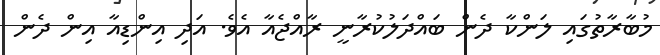
މުބާރާތުގައި ލަންކާ ދެން ބައްދަލުކުރާނީ ރާއްޖެއާ އެވެ. އަދި އިންޑިއާ އިން ދެން